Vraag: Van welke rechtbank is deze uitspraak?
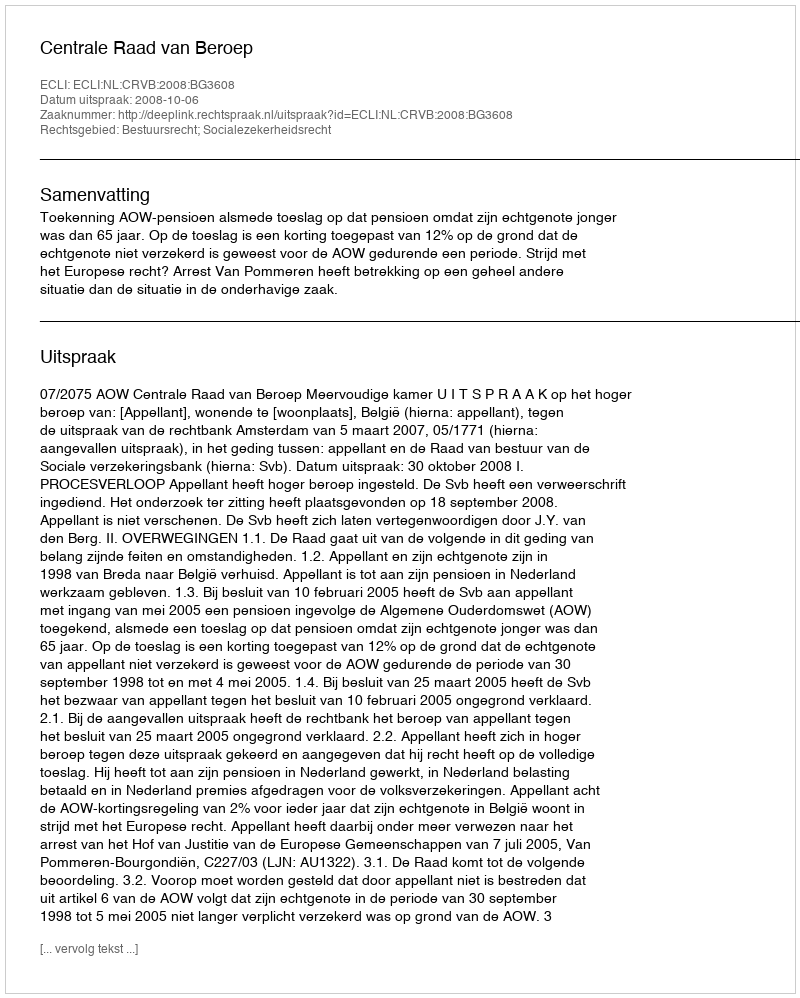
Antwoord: Centrale Raad van Beroep